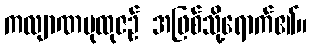
ကလျာဏပုထုဇဉ် အဖြစ်သို့ရောက်၏။